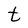
Character: t